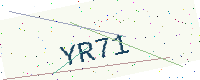
Text: YR71